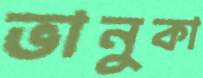
ভানুকা